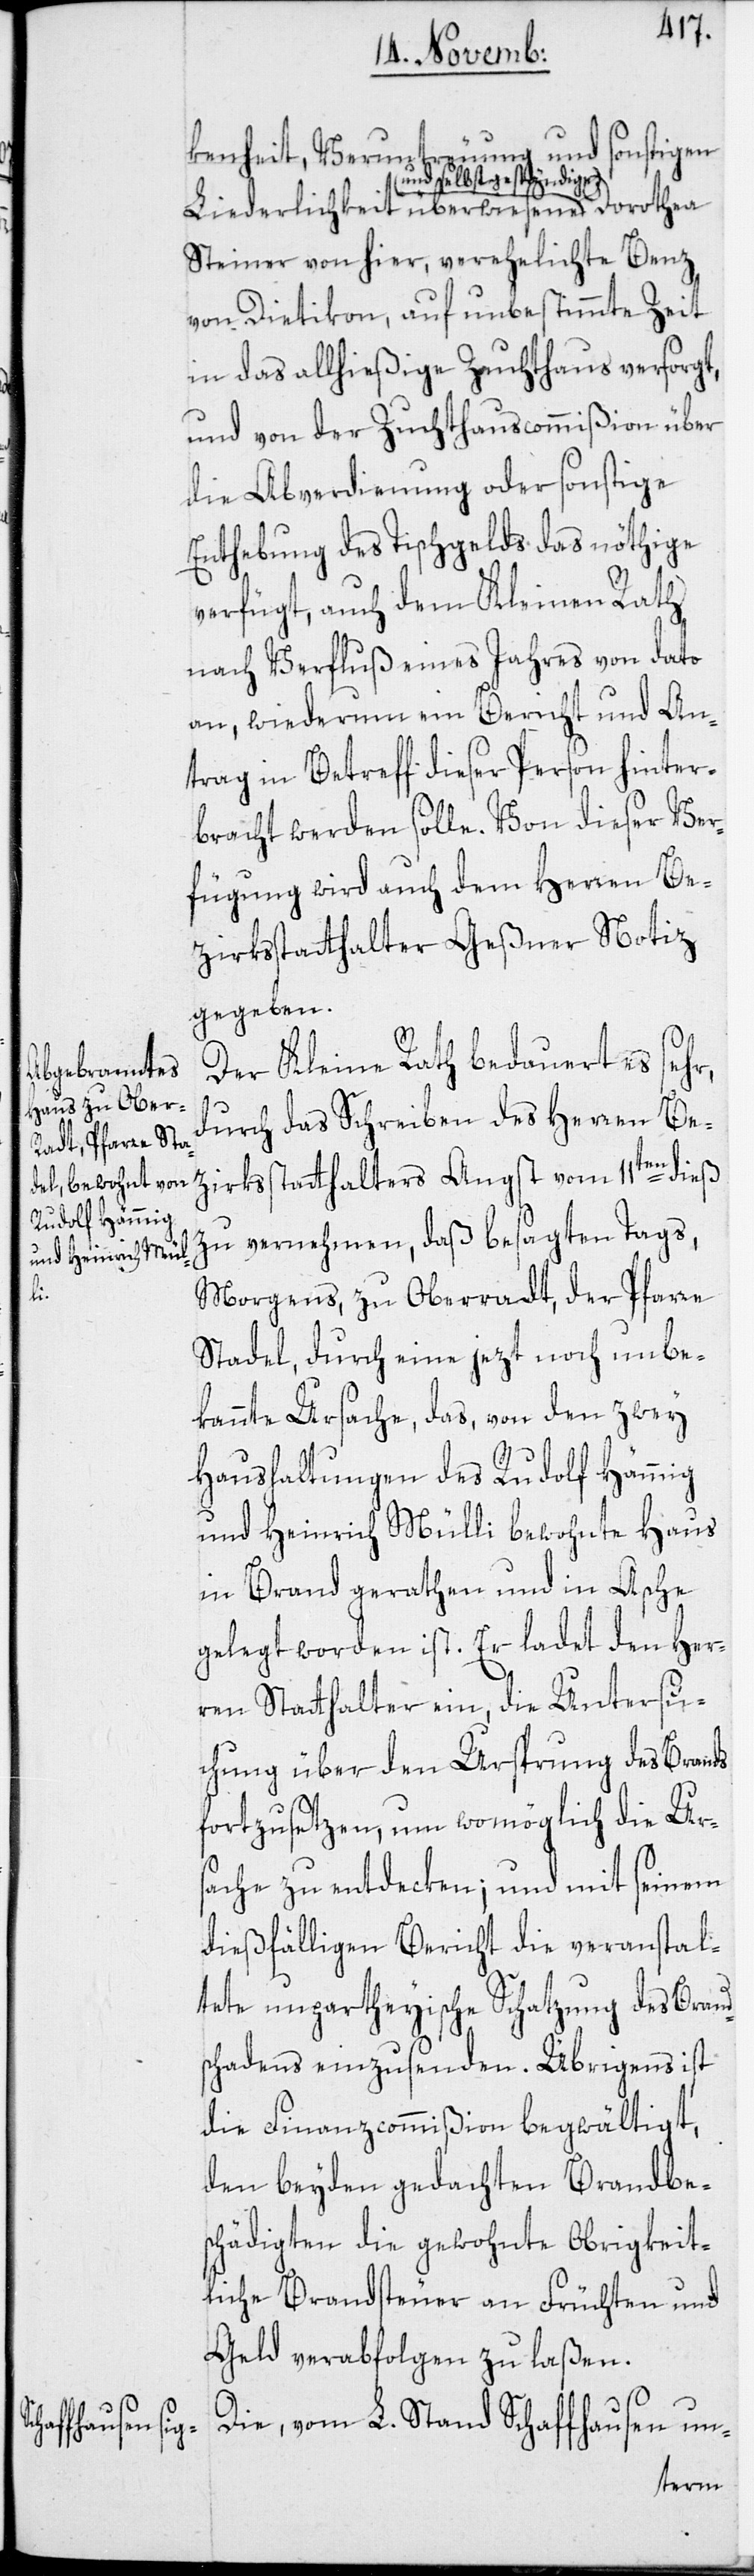
kenheit, Veruntreuung und sonstigen
und selbst geständige
Liederlichkeit überwiesene
Steiner von hier, verehelichte Benz
von Dietikon, auf unbestimmte Zeit
in das allhießige Zuchthaus versorgt,
und von der Zuchthauscommißion über
die Abverdienung oder sonstige
Enthebung des Tischgelds das nöthige
verfügt, auch dem Kleinen Rath
nach Verfluß eines Jahres von dato
an, wiederum ein Bericht und An¬
trag in Betreff dieser Person hinter¬
bracht werden solle. Von dieser Ver¬
fügung wird auch dem Herren Be¬
zirksstatthalters Angst
gegeben.
Der Kleine Rath bedauert es sehr,
durch das Schreiben des Herren Be¬
zu vernehmen, daß besagten Tags,
Morgens, zu Oberradt, der Pfarre
Stadel, durch eine jezt noch unbe¬
kannte Ursache, das, von den zwey
Haushaltungen des Rudolf Hämmig
und Heinrich Mülli bewohnte Haus
in Brand gerathen und in Asche
gelegt worden ist. Er ladet den Her¬
ren Statthalter ein, die Untersu¬
chung über den Ursprung des Brands
fortzusetzen, um womöglich die Ur¬
sache zu entdecken; und mit seinem
dießfälligen Bericht die veranstal¬
tete unpartheyische Schatzung des Brand¬
schadens einzusenden. Übrigens ist
die Finanzcommißion begwältigt,
den beyden gedachten Brandbe¬
schädigten die gewohnte Obrigkeit¬
liche Brandsteuer an Früchten und
Geld verabfolgen zu laßen.
Die, vom L. Stand Schaffhausen un-